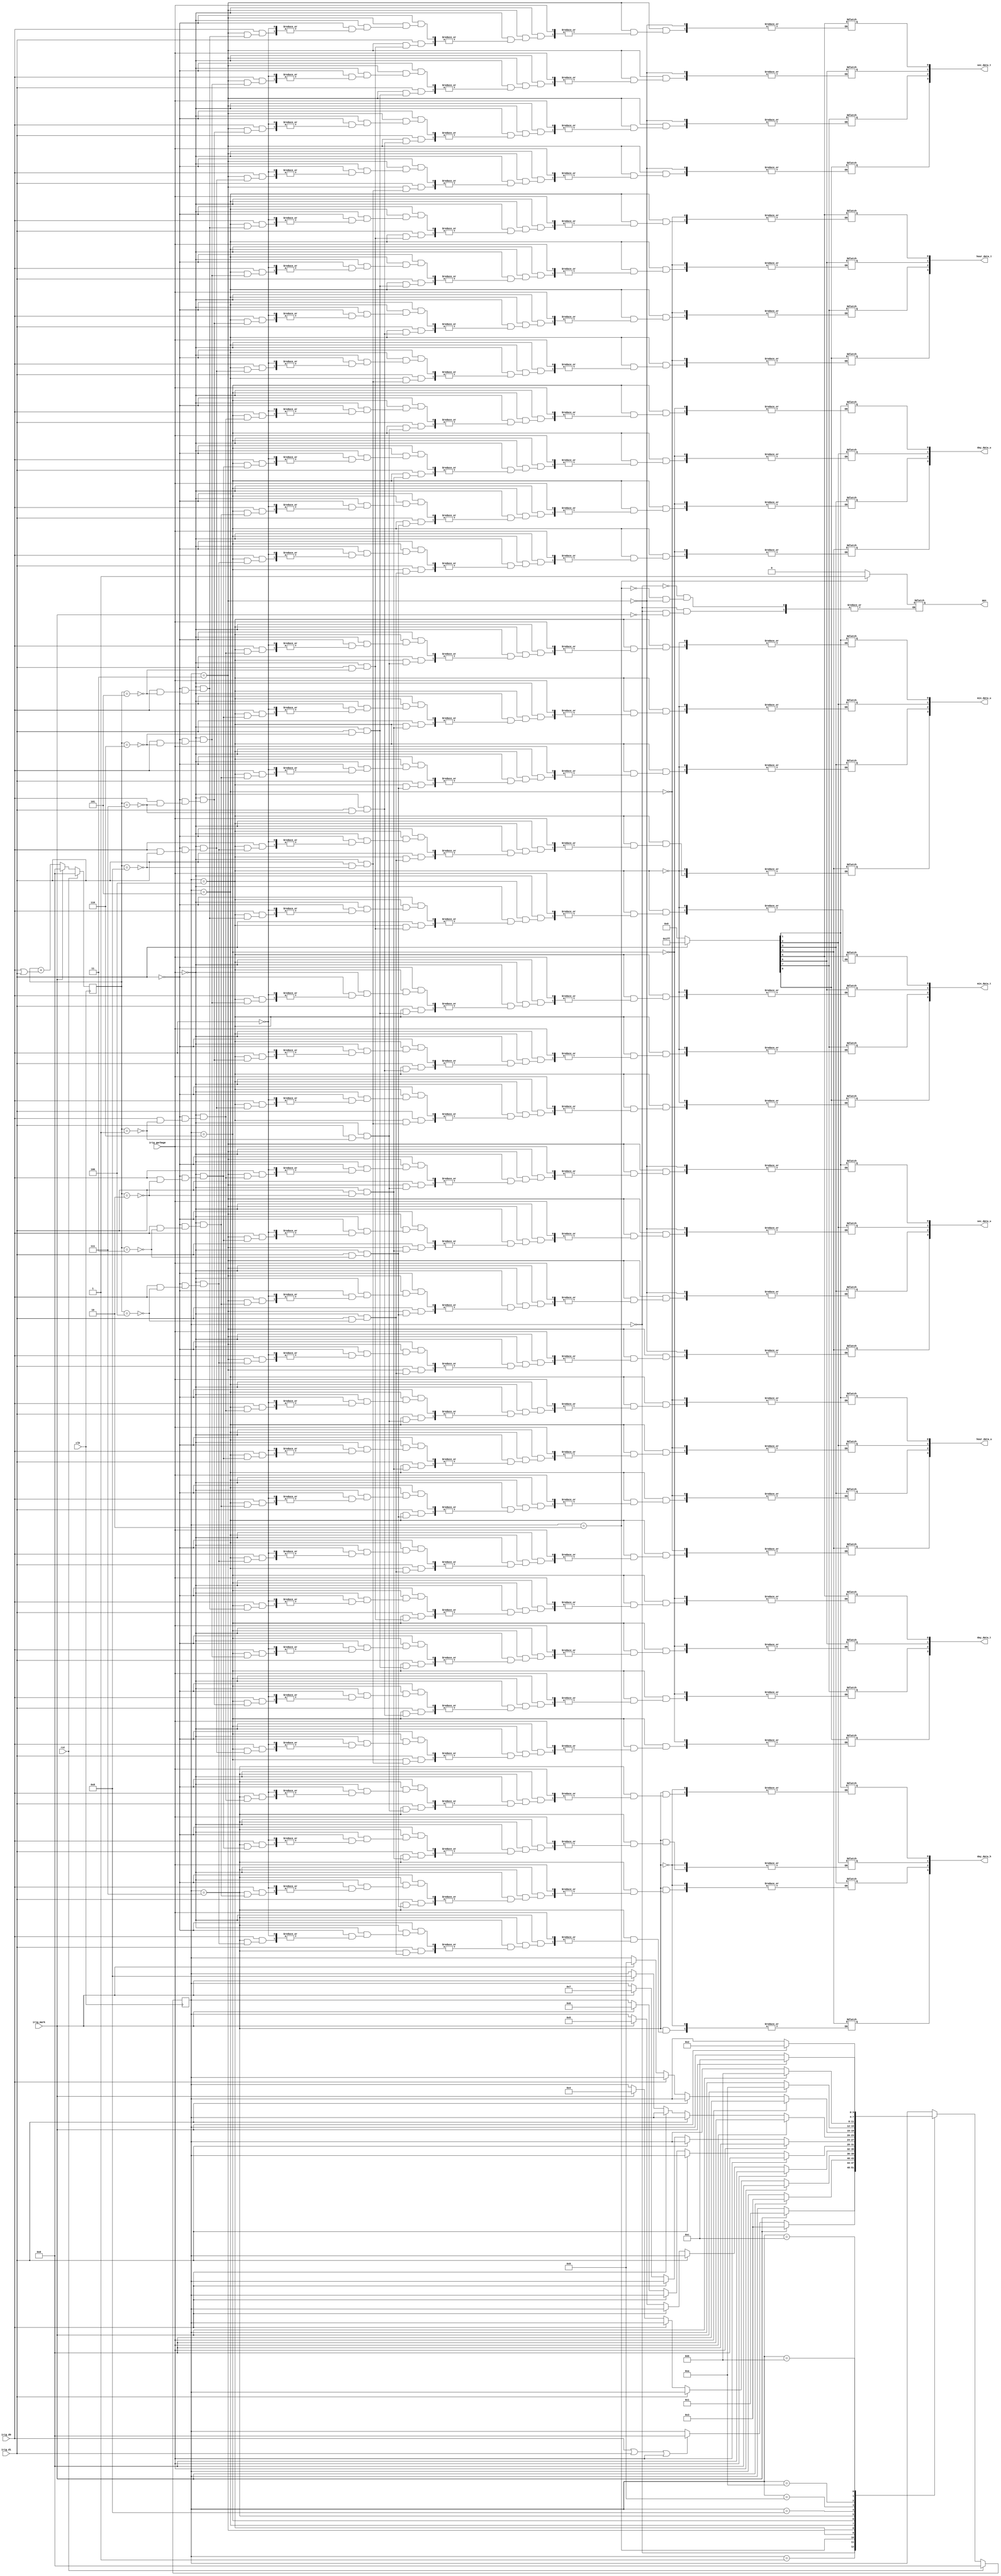
module state_irig (
	input clk,    // Clock
	input rst, // Reset
	input irig_d0,  // d0
	input irig_d1,
	input irig_mark,
	input irig_garbage,
	output  pps,
	output [3:0] sec_data_u,
	output [3:0] sec_data_t,
	output [3:0] min_data_u,
	output [3:0] min_data_t,
	output [3:0] hour_data_u,
	output [3:0] hour_data_t,
	output [3:0] day_data_u,
	output [3:0] day_data_t,
	output [3:0] day_data_h
	
);
  	 // State machine states
    localparam ST_UNLOCKED = 4'd0,
      ST_PRELOCK  = 4'b1,
      ST_START    = 4'd2,
      ST_SECOND   = 4'd3,
      ST_MINUTE   = 4'd4,
      ST_HOUR     = 4'd5,
      ST_DAY      = 4'd6,
      ST_DAY2     = 4'd7,
      ST_YEAR     = 4'd8,
      ST_UNUSED1  = 4'd9,
      ST_UNUSED2  = 4'd10,
      ST_SEC_DAY  = 4'd11,
      ST_SEC_DAY2 = 4'd12;

    // Current and next state machine state
    reg [3:0]  state, next_state;

    reg [8:0] sec_frame,min_frame,hour_frame,day_frame,day2_frame,year_frame;

   // reg [3:0] sec_frame_cnt,min_frame_cnt,hours_frame_cnt,year_1_frame_cnt,year_2_frame_cnt;

    reg [3:0] irig_cnt; //count bits in state

    reg pps;


    // Registers
    always @(negedge clk) begin
        if (rst) begin
            state <= ST_UNLOCKED;
            //pps_gate <= 1'b0;
            irig_cnt <= 4'b0;
        end
        else begin
            state <= next_state;
            //pps_gate <= pps_en;

            // Count the IRIG bits received between every MARK
            if (irig_mark)
              irig_cnt <= 4'b0;
            else 
              irig_cnt <= irig_cnt + (irig_d0 | irig_d1);
        end
    end



    // IRIG decoding state machine
    // FIX ME add checks that cause loss of lock
    always @(*) begin
        next_state = state;
        case (state)
          ST_UNLOCKED: begin
              if (irig_mark)
              	begin
                next_state = ST_PRELOCK;
                pps = 1'b0;
                end
          end
          ST_PRELOCK: begin
              if (irig_mark)
                next_state = ST_SECOND;
              else if (irig_d0 || irig_d1||irig_garbage)
                next_state = ST_UNLOCKED;          
          end
          ST_START: begin              
              pps = 1'b1;
              if (irig_mark) begin
                  next_state = ST_SECOND;
              end
          end
          ST_SECOND: begin
          	  pps = 1'b0;
              if(irig_garbage)
              	next_state = ST_UNLOCKED;
              else if(irig_d1) begin
              	   sec_frame[irig_cnt] = 1'b1;
              end
              else if(irig_d0) begin
              	   sec_frame[irig_cnt] = 1'b0;
              end 
              else if (irig_mark)
                next_state = ST_MINUTE;
          end
          ST_MINUTE: begin
          	   if(irig_garbage)
              	next_state = ST_UNLOCKED;
              else if(irig_d1) begin
              	   min_frame[irig_cnt] = 1'b1;
              end
              else if(irig_d0) begin
              	   min_frame[irig_cnt] = 1'b0;
              end 
              else if (irig_mark)
                next_state = ST_HOUR;
              
          end       
          ST_HOUR: begin
              if(irig_garbage)
              	next_state = ST_UNLOCKED;
              else if(irig_d1) begin
              	   hour_frame[irig_cnt] = 1'b1;
              end
              else if(irig_d0) begin
              	   hour_frame[irig_cnt] = 1'b0;
              end 
              else if (irig_mark)
                next_state = ST_DAY;
          end
          ST_DAY: begin
              if(irig_garbage)
              	next_state = ST_UNLOCKED;
              else if(irig_d1) begin
              	   day_frame[irig_cnt] = 1'b1;
              end
              else if(irig_d0) begin
              	   day_frame[irig_cnt] = 1'b0;
              end 
              else if (irig_mark)
                next_state = ST_DAY2;
          end
          ST_DAY2: begin
          	if(irig_garbage)
              	next_state = ST_UNLOCKED;
              else if(irig_d1) begin
              	   day2_frame[irig_cnt] = 1'b1;
              end
              else if(irig_d0) begin
              	   day2_frame[irig_cnt] = 1'b0;
              end 
              else if (irig_mark)
                next_state = ST_YEAR;
              
          end
          ST_YEAR: begin
             if(irig_garbage)
              	next_state = ST_UNLOCKED;
              else if(irig_d1) begin
              	   year_frame[irig_cnt] = 1'b1;
              end
              else if(irig_d0) begin
              	   year_frame[irig_cnt] = 1'b0;
              end 
              else if (irig_mark)
                next_state = ST_UNUSED1;
          end
          ST_UNUSED1: begin
              if (irig_mark)
                next_state = ST_UNUSED2;
          end
          ST_UNUSED2: begin
              if (irig_mark)
                next_state = ST_SEC_DAY;
          end
          ST_SEC_DAY: begin
              
              if (irig_mark)
                next_state = ST_SEC_DAY2;
          end
          ST_SEC_DAY2: begin
              if (irig_mark) begin
                  next_state = ST_START;
                  //pps_en = 1'b1;
                  //ts_finish = 1'b1;
              end
          end
        endcase
    end

    assign sec_data_u = sec_frame[4:1];
    assign sec_data_t = sec_frame[8:5];
    assign min_data_u = min_frame[4:1];
    assign min_data_t = min_frame[8:5];
    assign hour_data_u = hour_frame[4:1];
    assign hour_data_t = hour_frame[8:5];
    assign day_data_u = day_frame[4:1];
    assign day_data_t = day_frame[8:5];
    assign day_data_h = day2_frame[4:1];




endmodule